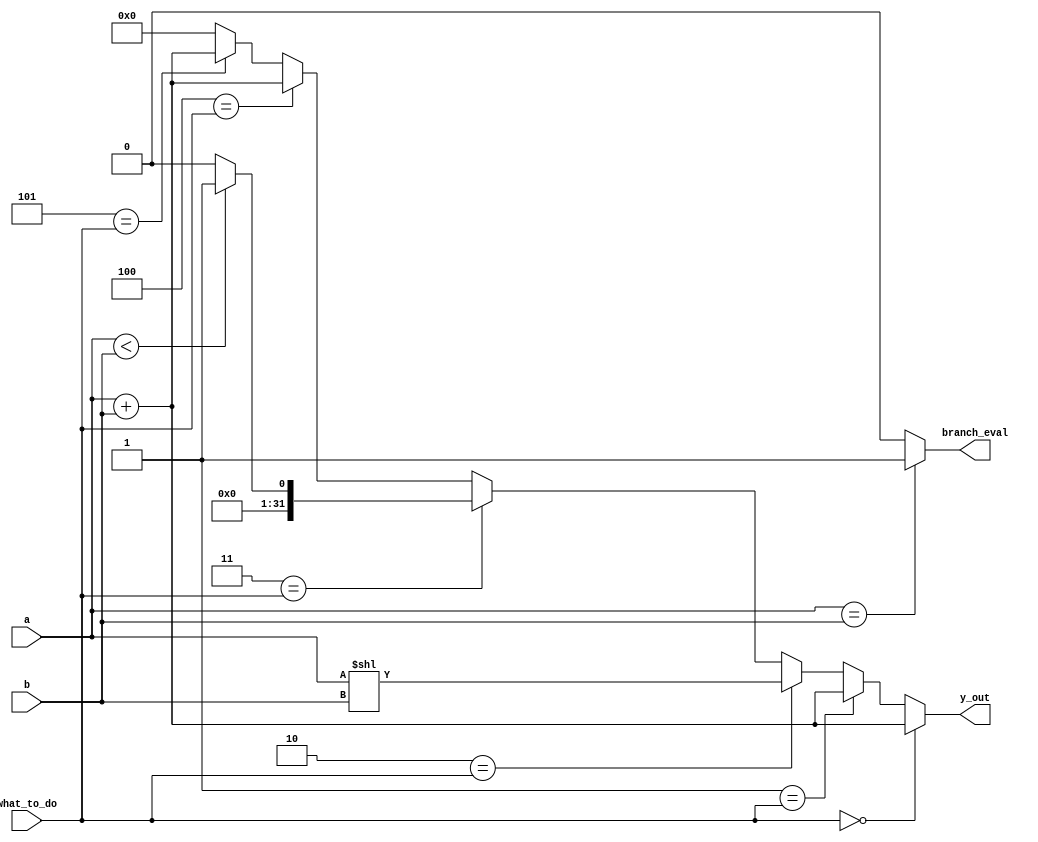
module ALU (
    input  [31:0] a, b,
    input  [ 2:0] what_to_do ,
    output        branch_eval,
    output [31:0] y_out
);
    wire [31:0] add_out;
    assign add_out = a + b;

    wire [31:0] addi_out;
    assign addi_out = a + b;

    wire [31:0] sll_out;
    assign sll_out = a << b;

    wire [31:0] slt_out;
    assign slt_out = ($signed(a) < $signed(b) )? 1:0 ;

    wire [31:0] sw_out;
    assign sw_out = a + b;

    wire [31:0] lw_out;
    assign lw_out = a + b;

    
    assign y_out = (
        ((3'b000 == what_to_do) ? add_out :
            ((3'b001 == what_to_do) ? addi_out : 
                ((3'b010 == what_to_do) ? sll_out: 
                    ((3'b011 == what_to_do)? slt_out :
                        ((3'b100 == what_to_do) ? sw_out : 
                            (3'b101 == what_to_do)? lw_out:0
                        )
                    )
                )
            )
        )
    );
    
    assign branch_eval = (a==b)? 1'b1 : 1'b0;

endmodule